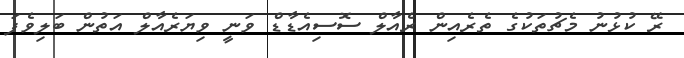
ރޭ ކުޅުނު މެޗުތަކުގެ ތެރެއިން ރެއާލް ސޮސިއެޑާޑް ވަނީ ވިޔަރެއާލް އަތުން ބަލިވެފަ